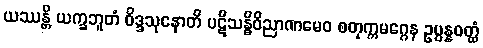
ယဿန္တိ ယက္ခဘူတံ ဝိဒ္ဒသုနောတိ ပဋိသန္ဓိဝိညာဏမေဝ စတုက္ကမဂ္ဂေန ဥပ္ပန္နဝတ္ထံ